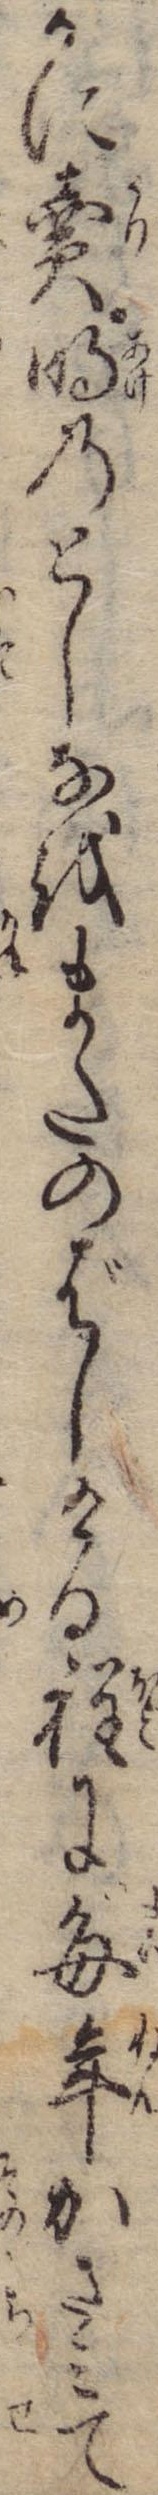
かに売明のとしなをまたのばしける程に毎年かさみて